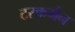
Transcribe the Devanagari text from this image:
टस्कमैन